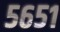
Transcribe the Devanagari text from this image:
५६५१